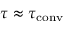
\tau \approx \tau _ { \mathrm { c o n v } }